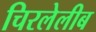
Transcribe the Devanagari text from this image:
चिरलेलीब